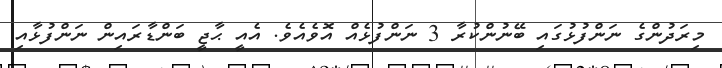
މިރަދުންގެ ނަންފުޅުގައި ބޭނުންކުރާ 3 ނަންފުޅެއް އޮވެއެވެ. އެއީ ޙާޖީ ބަންޑާރައިން ނަންފުޅާއި